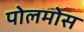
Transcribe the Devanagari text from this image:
पोलमोस